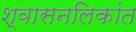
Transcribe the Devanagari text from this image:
श्‍वासनलिकांत